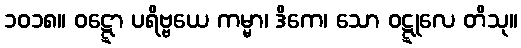
၁၀၁၈။ ဝဋ္ဋော ပရိဗ္ဗယေ ကမ္မာ၊ ဒိကေ၊ သော ဝဋ္ဋုလေ တိသု။